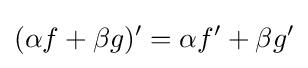
(\alpha f+\beta g)'=\alpha f'+\beta g'